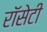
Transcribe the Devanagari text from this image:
रॉसेटी